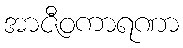
အာဇီဝကာရဏာ